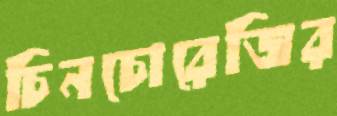
চিনচোরেজির